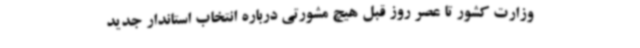
وزارت کشور تا عصر روز قبل هیچ مشورتی درباره انتخاب استاندار جدید